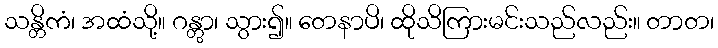
သန္တိကံ၊ အထံသို့။ ဂန္တွာ၊ သွား၍။ တေနာပိ၊ ထိုသိကြားမင်းသည်လည်း။ တာတ၊